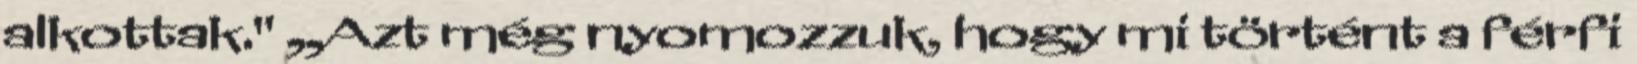
alkottak." „Azt még nyomozzuk, hogy mi történt a férfi